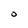
Character: O